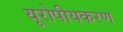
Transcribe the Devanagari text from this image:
यूरोपीयकरण